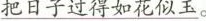
\underline{把日子过得如花似玉。}